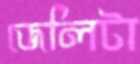
জেলিটা